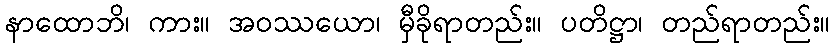
နာထောဘိ၊ ကား။ အဝဿယော၊ မှီခိုရာတည်း။ ပတိဋ္ဌာ၊ တည်ရာတည်း။